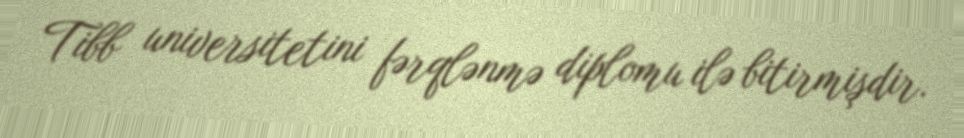
Tibb universitetini fərqlənmə diplomu ilə bitirmişdir.